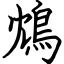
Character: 鴆